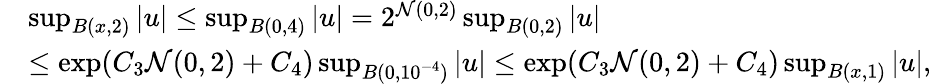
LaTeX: \begin{array}{rl}&{\operatorname*{sup}_{B(x,2)}|u|\leq\operatorname*{sup}_{B(0,4)}|u|=2^{\mathcal{N}(0,2)}\operatorname*{sup}_{B(0,2)}|u|}\\ &{\leq\exp(C_{3}\mathcal{N}(0,2)+C_{4})\operatorname*{sup}_{B(0,10^{-4})}|u|\leq\exp(C_{3}\mathcal{N}(0,2)+C_{4})\operatorname*{sup}_{B(x,1)}|u|,}\end{array}